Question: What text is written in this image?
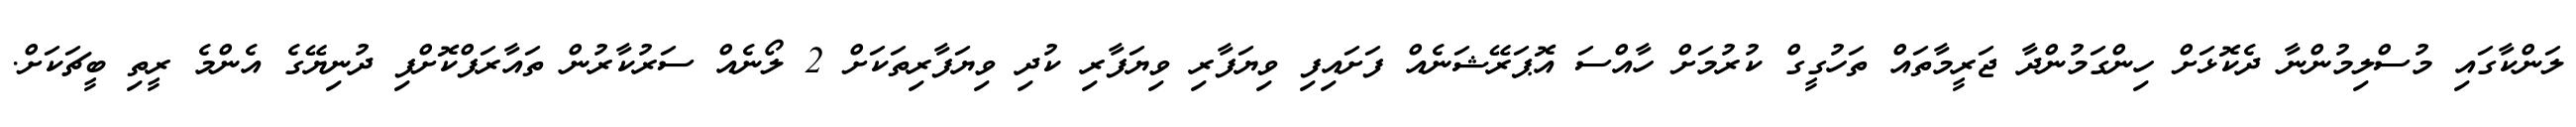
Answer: ލަންކާގައި މުސްލިމުންނާ ދެކޮޅަށް ހިންގަމުންދާ ޖަރީމާތައް ތަހުގީގް ކުރުމަށް ހާއްސަ އޮޕަރޭޝަނެއް ފަށައިފި ވިޔަފާރި ވިޔަފާރި ކުދި ވިޔަފާރިތަކަށް 2 ލޯނެއް ސަރުކާރުން ތައާރަފްކޮށްފި ދުނިޔޭގެ އެންމެ ރީތި ބީޗަކަށް.